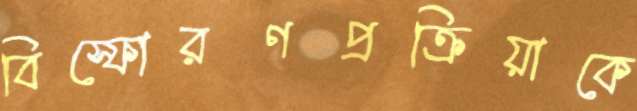
বিস্ফোরণপ্রক্রিয়াকে